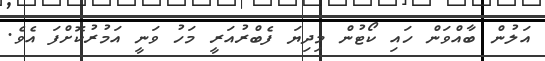
އަލުން ބާއްވަން ހައި ކޯޓުން މިދިޔަ ފެބްރުއަރީ މަހު ވަނީ އަމުރުކޮށްފަ އެވެ.